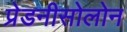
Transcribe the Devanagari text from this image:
प्रेडनीसोलोन